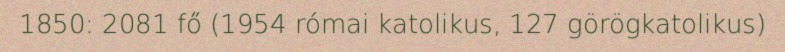
1850: 2081 fő (1954 római katolikus, 127 görögkatolikus)